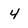
Character: 4